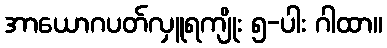
အာယောဂပတ်လှူရကျိုး ၅-ပါး ဂါထာ။